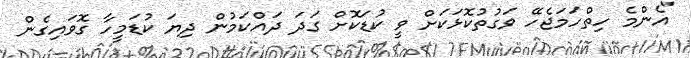
"އެންމެ ހިތްހަމަޖެހޭ ވަގުތުކޮޅަކަށް ވީ ކުޑަކޮށް ގަދަ ދައްކަމުން ދިޔަ ކުޑަމީހާ ގޮވައިގެން